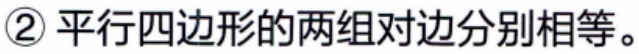
\textcircled{2} 平行四边形的两组对边分别相等。